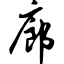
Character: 廊